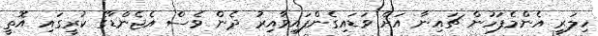
ހިލަރީ އެންމެފަހުން ޗައިނާ އަށް ވަޑައިގެންފައިވާއިރު ދެން ވެސް އެޖެންޑާގެ ކުރީގައި އޮތީ